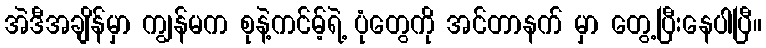
အဲဒီအချိန်မှာ ကျွန်မက စုနဲ့ကင်မ့်ရဲ့ ပုံတွေကို အင်တာနက် မှာ တွေ့ပြီးနေပါပြီ။